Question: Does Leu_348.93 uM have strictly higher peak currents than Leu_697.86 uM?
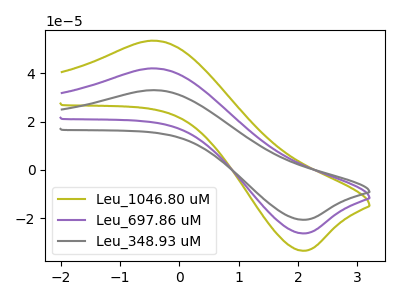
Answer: <think>The olive curve "Leu_1046.80 uM" has an anodic peak at (-0.45V, 84.20uA) and a cathodic peak at (2.05V, -52.75uA). The purple curve "Leu_697.86 uM" has an anodic peak at (-0.45V, 42.10uA) and a cathodic peak at (2.05V, -26.35uA). The gray curve "Leu_348.93 uM" has an anodic peak at (-0.45V, 33.05uA) and a cathodic peak at (2.05V, -20.70uA).</think>
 <answer>Every peak in "Leu_348.93 uM" is lower than every peak in "Leu_697.86 uM".</answer>
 <eval>lower</eval>